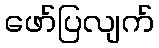
ဖော်ပြလျက်